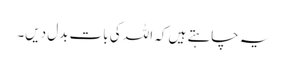
یہ چاہتے ہیں کہ اللہ کی بات بدل دیں۔